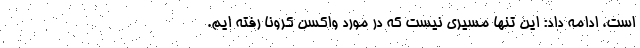
است، ادامه داد: این تنها مسیری نیست که در مورد واکسن کرونا رفته ایم.